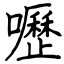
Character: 嚦